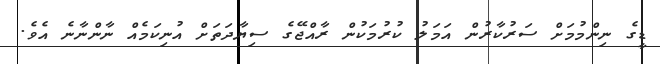
ޑީގެ ނިންމުމަށް ސަރުކާރުން އަމަލު ކުރުމަކުން ރާއްޖޭގެ ސިޔާދަތަށް އުނިކަމެއް ނާންނާނެ އެވެ.